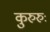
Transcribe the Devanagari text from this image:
कुरुरुः